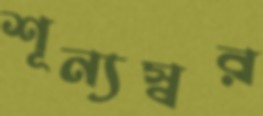
শূন্যস্বর